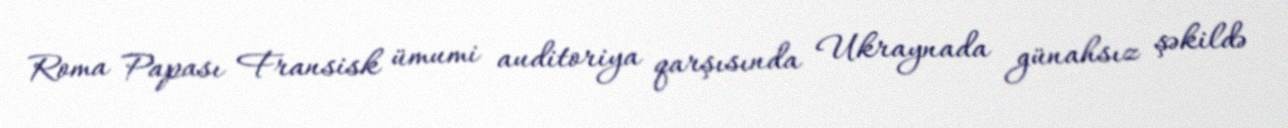
Roma Papası Fransisk ümumi auditoriya qarşısında Ukraynada günahsız şəkildə